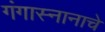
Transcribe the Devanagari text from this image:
गंगास्नानाचे